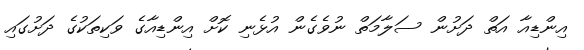
އިންޑިއާ އަތް ދަށުން ސަލާމަތް ނުވެގެން އުޅެނި ކޮށް އިންޑިއާގެ ވަކިތަކުގެ ދަށުގައި